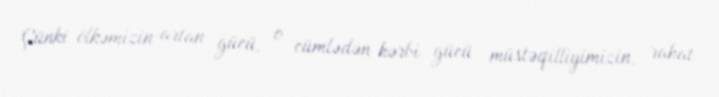
Çünki ölkəmizin artan gücü, o cümlədən hərbi gücü müstəqilliyimizin, rahat